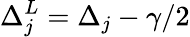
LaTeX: \Delta_{j}^{L}=\Delta_{j}-\gamma/2